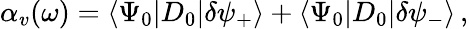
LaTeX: \alpha_{v}(\omega)=\langle\Psi_{0}|D_{0}|\delta\psi_{+}\rangle+\langle\Psi_{0}|D_{0}|\delta\psi_{-}\rangle\, ,